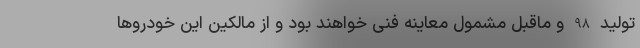
تولید 98 و ماقبل مشمول معاینه فنی خواهند بود و از مالکین این خودروها